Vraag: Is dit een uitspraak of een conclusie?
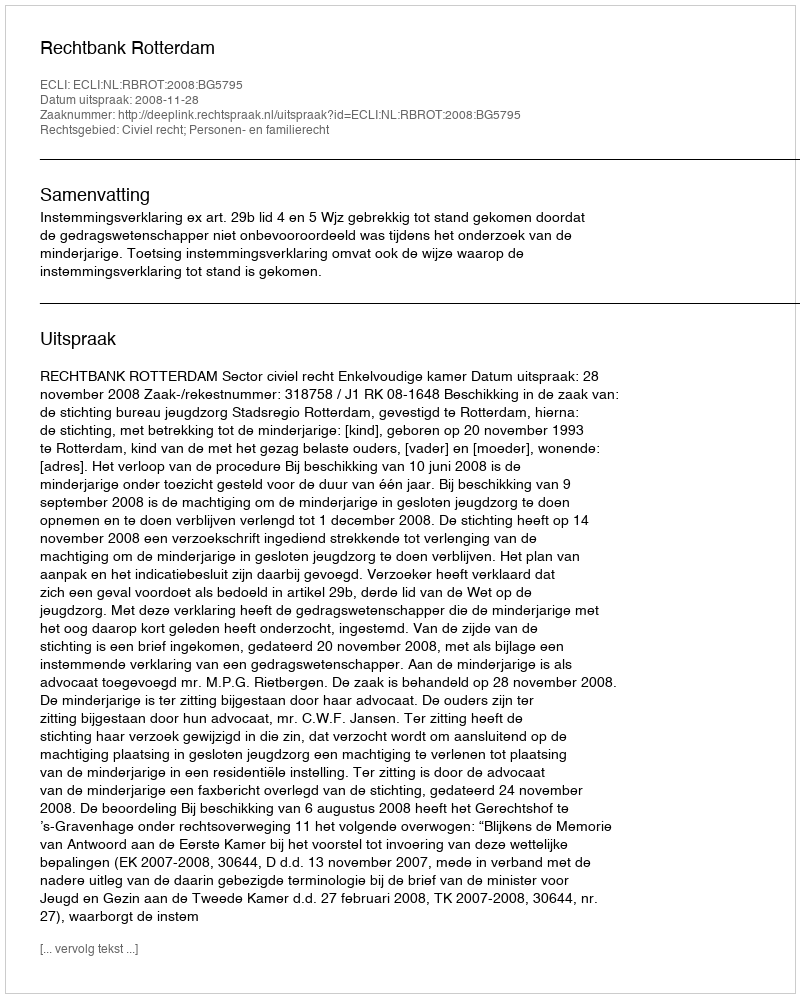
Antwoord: Uitspraak